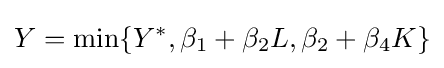
Y=\min\{Y^{*},\beta _{1}+\beta _{2}L,\beta _{2}+\beta _{4}K\}